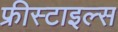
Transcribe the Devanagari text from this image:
फ्रीस्टाइल्स